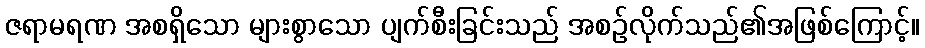
ဇရာမရဏ အစရှိသော များစွာသော ပျက်စီးခြင်းသည် အစဉ်လိုက်သည်၏အဖြစ်ကြောင့်။